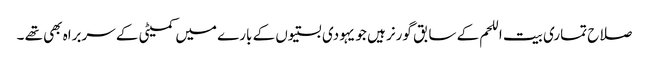
صلاح تماری بیت اللحم کے سابق گورنر ہیں جو یہودی بستیوں کے بارے میں کمیٹی کے سربراہ بھی تھے ۔